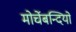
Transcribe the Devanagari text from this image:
मोर्चेबन्दियों